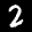
Label: 2